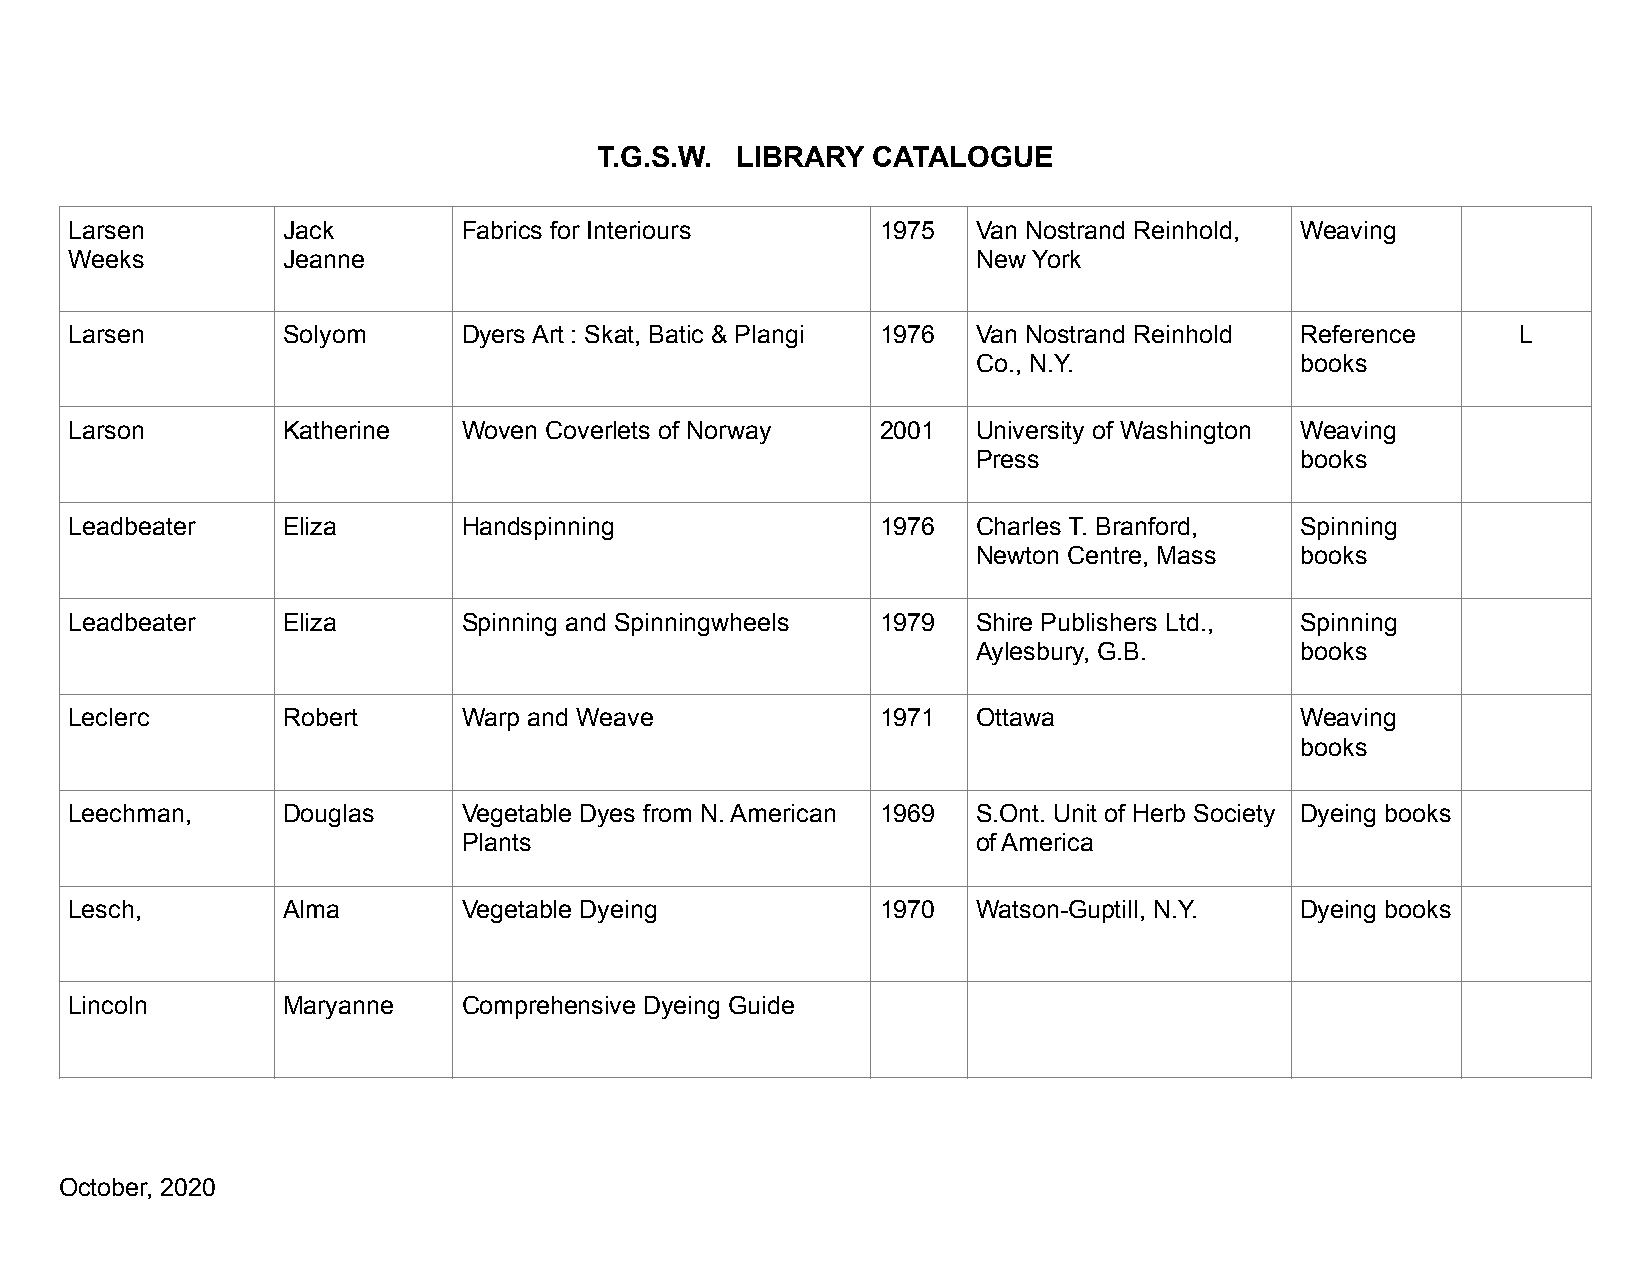
T.G.S.W. LIBRARY  CATALOGUE
 Larsen        Jack        Fabrics for Interiours     1975   Van Nostrand Reinhold, Weaving
 Weeks         Jeanne                                        New York
 Larsen        Solyom      Dyers Art : Skat, Batic & Plangi 1976 Van Nostrand Reinhold Reference L
 Co., N.Y.            books
 Larson        Katherine   Woven Coverlets of Norway  2001   University of Washington Weaving
 Press                books
 Leadbeater    Eliza       Handspinning               1976   Charles T. Branford, Spinning
 Newton Centre, Mass  books
 Leadbeater    Eliza       Spinning and Spinningwheels 1979  Shire Publishers Ltd., Spinning
 Aylesbury, G.B.      books
 Leclerc       Robert      Warp and Weave             1971   Ottawa               Weaving
 books
 Leechman,     Douglas     Vegetable Dyes from N. American 1969 S.Ont. Unit of Herb Society Dyeing books
 Plants                            of America
 Lesch,        Alma        Vegetable Dyeing           1970   Watson-Guptill, N.Y. Dyeing books
 Lincoln       Maryanne    Comprehensive Dyeing Guide
 October, 2020